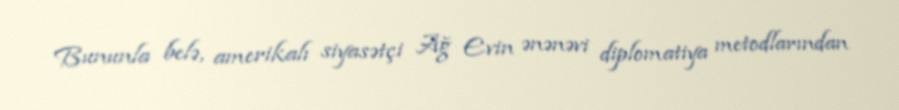
Bununla belə, amerikalı siyasətçi Ağ Evin ənənəvi diplomatiya metodlarından